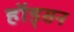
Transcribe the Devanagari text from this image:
हॉड्सन